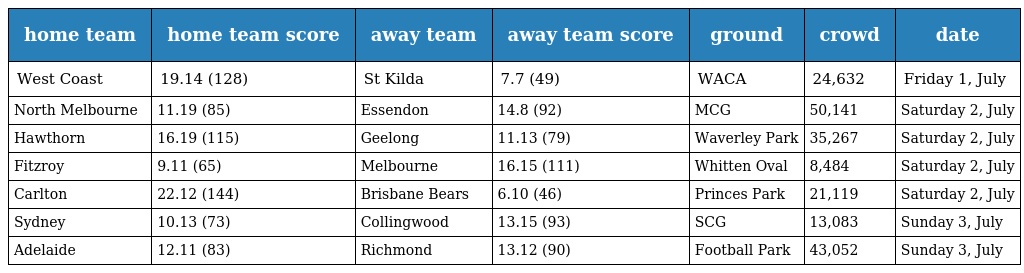
| home team | home team score | away team | away team score | ground | crowd | date |
 | --- | --- | --- | --- | --- | --- | --- |
 | West Coast | 19.14 (128) | St Kilda | 7.7 (49) | WACA | 24,632 | Friday 1, July |
 | North Melbourne | 11.19 (85) | Essendon | 14.8 (92) | MCG | 50,141 | Saturday 2, July |
 | Hawthorn | 16.19 (115) | Geelong | 11.13 (79) | Waverley Park | 35,267 | Saturday 2, July |
 | Fitzroy | 9.11 (65) | Melbourne | 16.15 (111) | Whitten Oval | 8,484 | Saturday 2, July |
 | Carlton | 22.12 (144) | Brisbane Bears | 6.10 (46) | Princes Park | 21,119 | Saturday 2, July |
 | Sydney | 10.13 (73) | Collingwood | 13.15 (93) | SCG | 13,083 | Sunday 3, July |
 | Adelaide | 12.11 (83) | Richmond | 13.12 (90) | Football Park | 43,052 | Sunday 3, July |